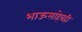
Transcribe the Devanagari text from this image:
भाऊसाहेबही